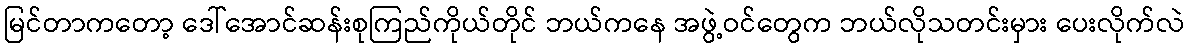
မြင်တာကတော့ ဒေါ်အောင်ဆန်းစုကြည်ကိုယ်တိုင် ဘယ်ကနေ အဖွဲ့ဝင်တွေက ဘယ်လိုသတင်းမှား ပေးလိုက်လဲ